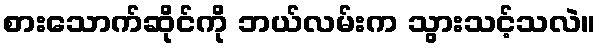
စားသောက်ဆိုင်ကို ဘယ်လမ်းက သွားသင့်သလဲ။